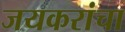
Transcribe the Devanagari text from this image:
जयकरांचा